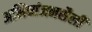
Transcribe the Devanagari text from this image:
अभिव्यंजनशैली